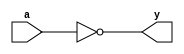
module not_gate (
    input wire a,
    output reg y
);

always @ (a)
    begin
        y = !a;
    end

endmodule